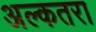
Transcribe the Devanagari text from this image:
अल्कतरा